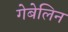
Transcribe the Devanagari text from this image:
गेबेलिन